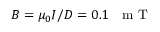
B = \mu _ { 0 } I / D = 0 . 1 \textrm { ~ m T }